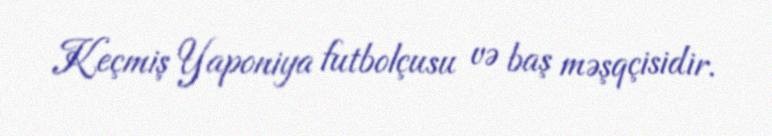
Keçmiş Yaponiya futbolçusu və baş məşqçisidir.